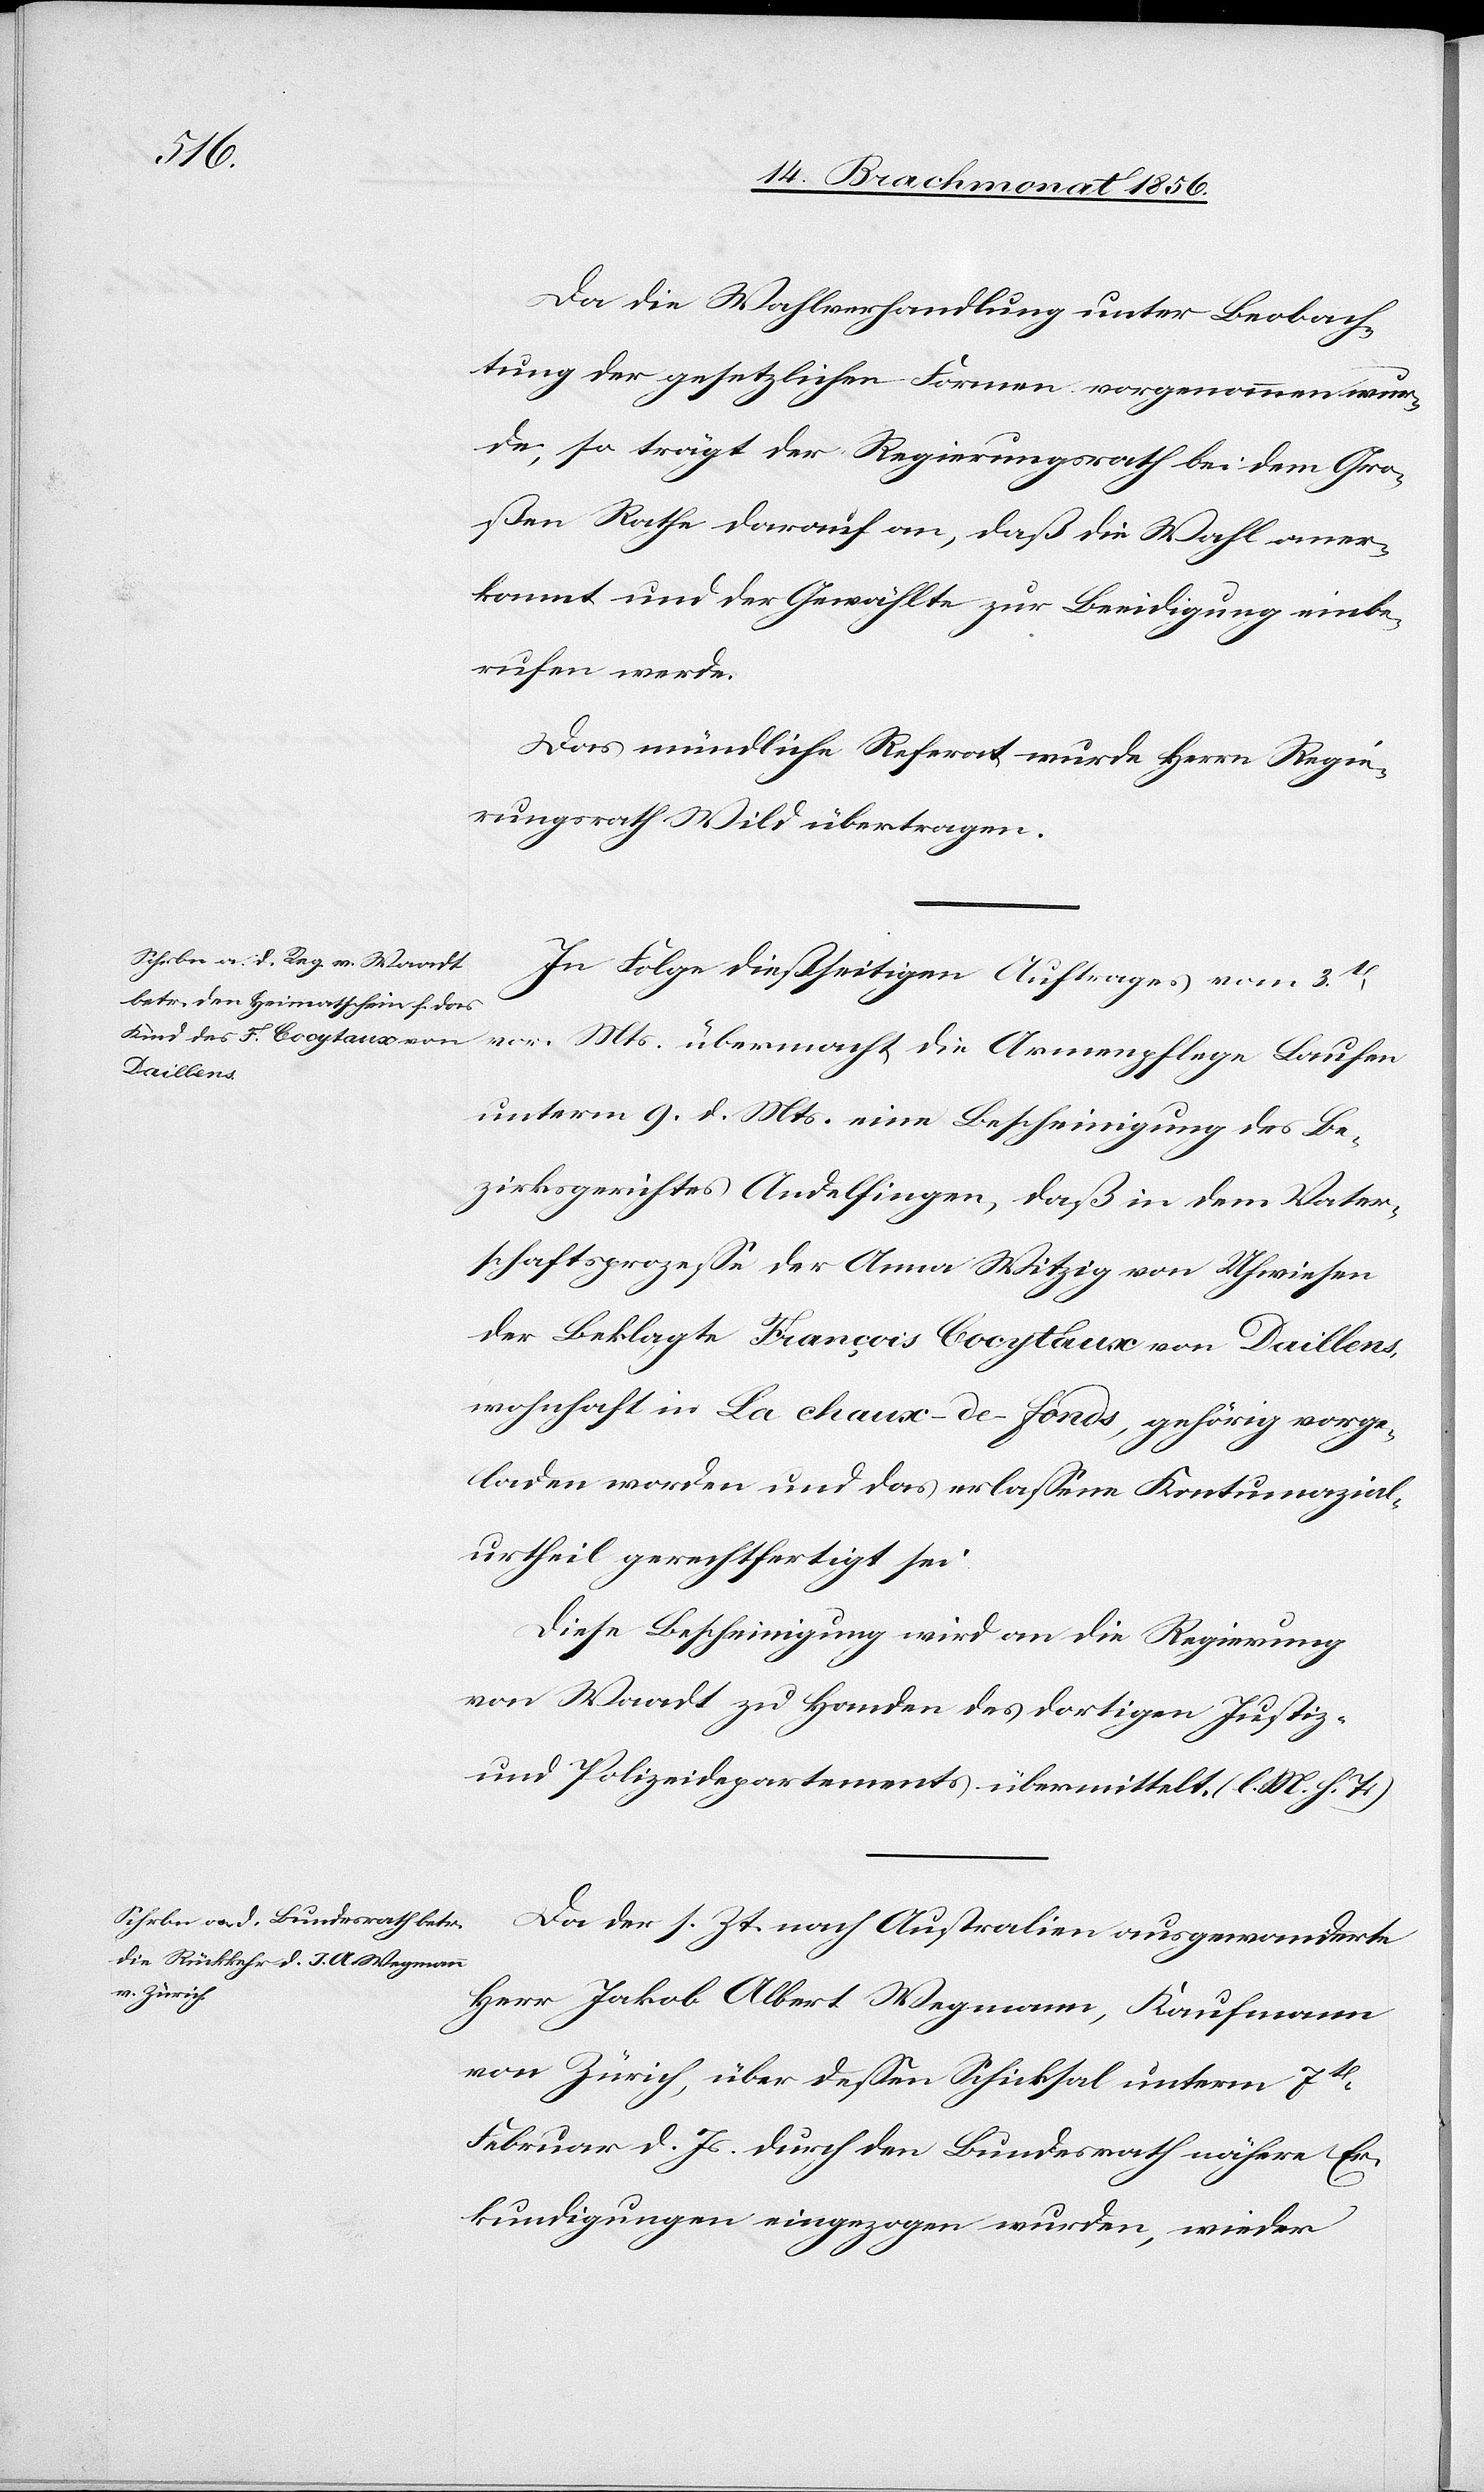
Da die Wahlverhandlung unter Beobach¬
tung der gesetzlichen Formen vorgenommen wur¬
de, so trägt der Regierungsrath bei dem Gro¬
ßen Rathe darauf an, daß die Wahl aner¬
kannt und der Gewählte zur Beeidigung einbe¬
rufen werde.
Das mündliche Referat wurde Herrn Regie¬
rungsrath Wild übertragen.
In Folge dießseitigen Auftrages vom 3t
vor. Mts. übermacht die Armenpflege Laufen
unterm 9. d. Mts. eine Bescheinigung des Be¬
zirksgerichtes Andelfingen, daß in dem Vater¬
schaftsprozesse der Anna Witzig von Uhwiesen
der Beklagte François Cocytaux von Daillens,
wohnhaft in La chaux-de-fonds, gehörig vorge¬
laden worden und das erlassene Kontumazial¬
urtheil gerechtfertigt sei.
Diese Bescheinigung wird an die Regierung
von Waadt zu Handen des dortigen Justiz-
und Polizeidepartements übermittelt. (l. M. h. T.)
Da der s. Zt. nach Australien ausgewanderte
Herr Jakob Albert Wegmann, Kaufmann
von Zürich, über dessen Schicksal unterm 7t
Februar d. Js. durch den Bundesrath nähere Er¬
kundigungen eingezogen wurden, wieder